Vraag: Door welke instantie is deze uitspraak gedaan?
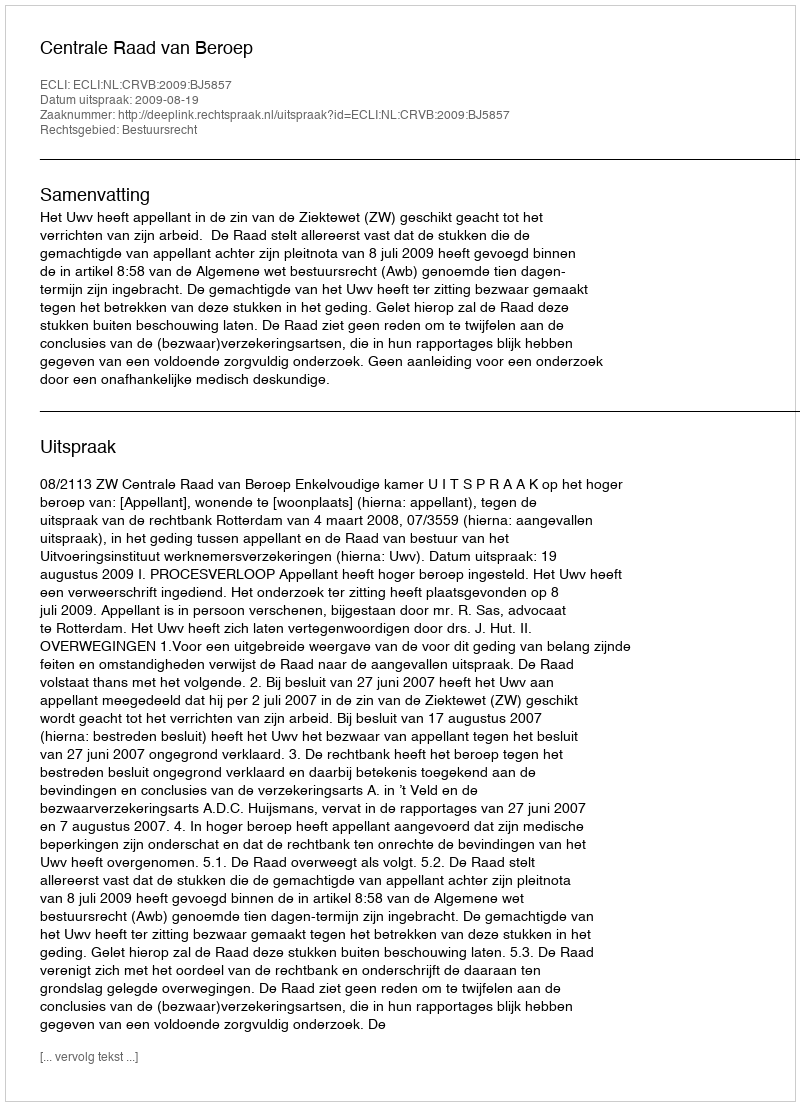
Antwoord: Centrale Raad van Beroep